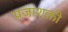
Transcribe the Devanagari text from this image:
प्रजाशक्ती